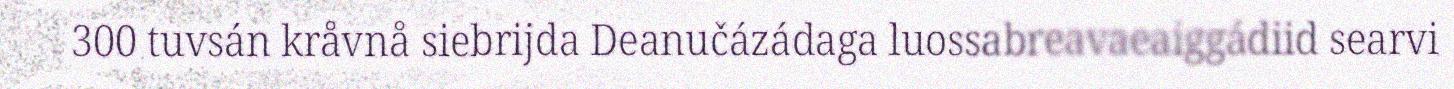
300 tuvsán kråvnå siebrijda Deanučázádaga luossabreavaeaiggádiid searvi